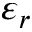
\varepsilon _ { r }